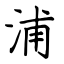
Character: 浦